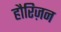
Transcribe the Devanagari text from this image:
हौरिज़न